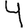
Digit: 4